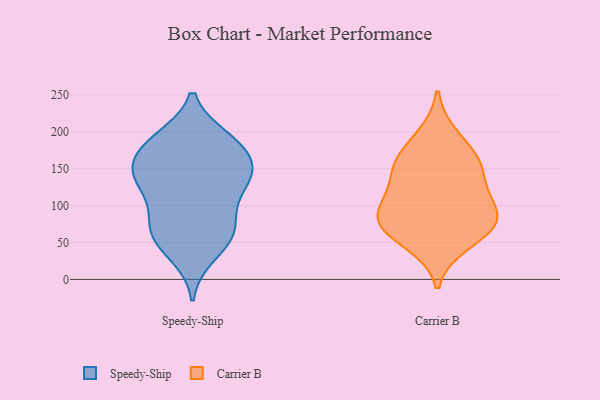
{"axis": {"x": "Backlog", "y": "Value"}, "legend": ["Carrier B", "Speedy-Ship"], "data": [{"x": "", "y": 131, "type": "Speedy-Ship"}, {"x": "", "y": 106, "type": "Speedy-Ship"}, {"x": "", "y": 62, "type": "Speedy-Ship"}, {"x": "", "y": 50, "type": "Speedy-Ship"}, {"x": "", "y": 138, "type": "Speedy-Ship"}, {"x": "", "y": 149, "type": "Speedy-Ship"}, {"x": "", "y": 124, "type": "Speedy-Ship"}, {"x": "", "y": 148, "type": "Speedy-Ship"}, {"x": "", "y": 63, "type": "Speedy-Ship"}, {"x": "", "y": 186, "type": "Speedy-Ship"}, {"x": "", "y": 186, "type": "Speedy-Ship"}, {"x": "", "y": 161, "type": "Speedy-Ship"}, {"x": "", "y": 191, "type": "Speedy-Ship"}, {"x": "", "y": 185, "type": "Speedy-Ship"}, {"x": "", "y": 73, "type": "Speedy-Ship"}, {"x": "", "y": 79, "type": "Speedy-Ship"}, {"x": "", "y": 33, "type": "Speedy-Ship"}, {"x": "", "y": 147, "type": "Speedy-Ship"}, {"x": "", "y": 155, "type": "Carrier B"}, {"x": "", "y": 100, "type": "Carrier B"}, {"x": "", "y": 49, "type": "Carrier B"}, {"x": "", "y": 194, "type": "Carrier B"}, {"x": "", "y": 151, "type": "Carrier B"}, {"x": "", "y": 86, "type": "Carrier B"}, {"x": "", "y": 75, "type": "Carrier B"}, {"x": "", "y": 120, "type": "Carrier B"}, {"x": "", "y": 83, "type": "Carrier B"}, {"x": "", "y": 160, "type": "Carrier B"}, {"x": "", "y": 68, "type": "Carrier B"}]}